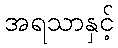
အရသာနှင့်